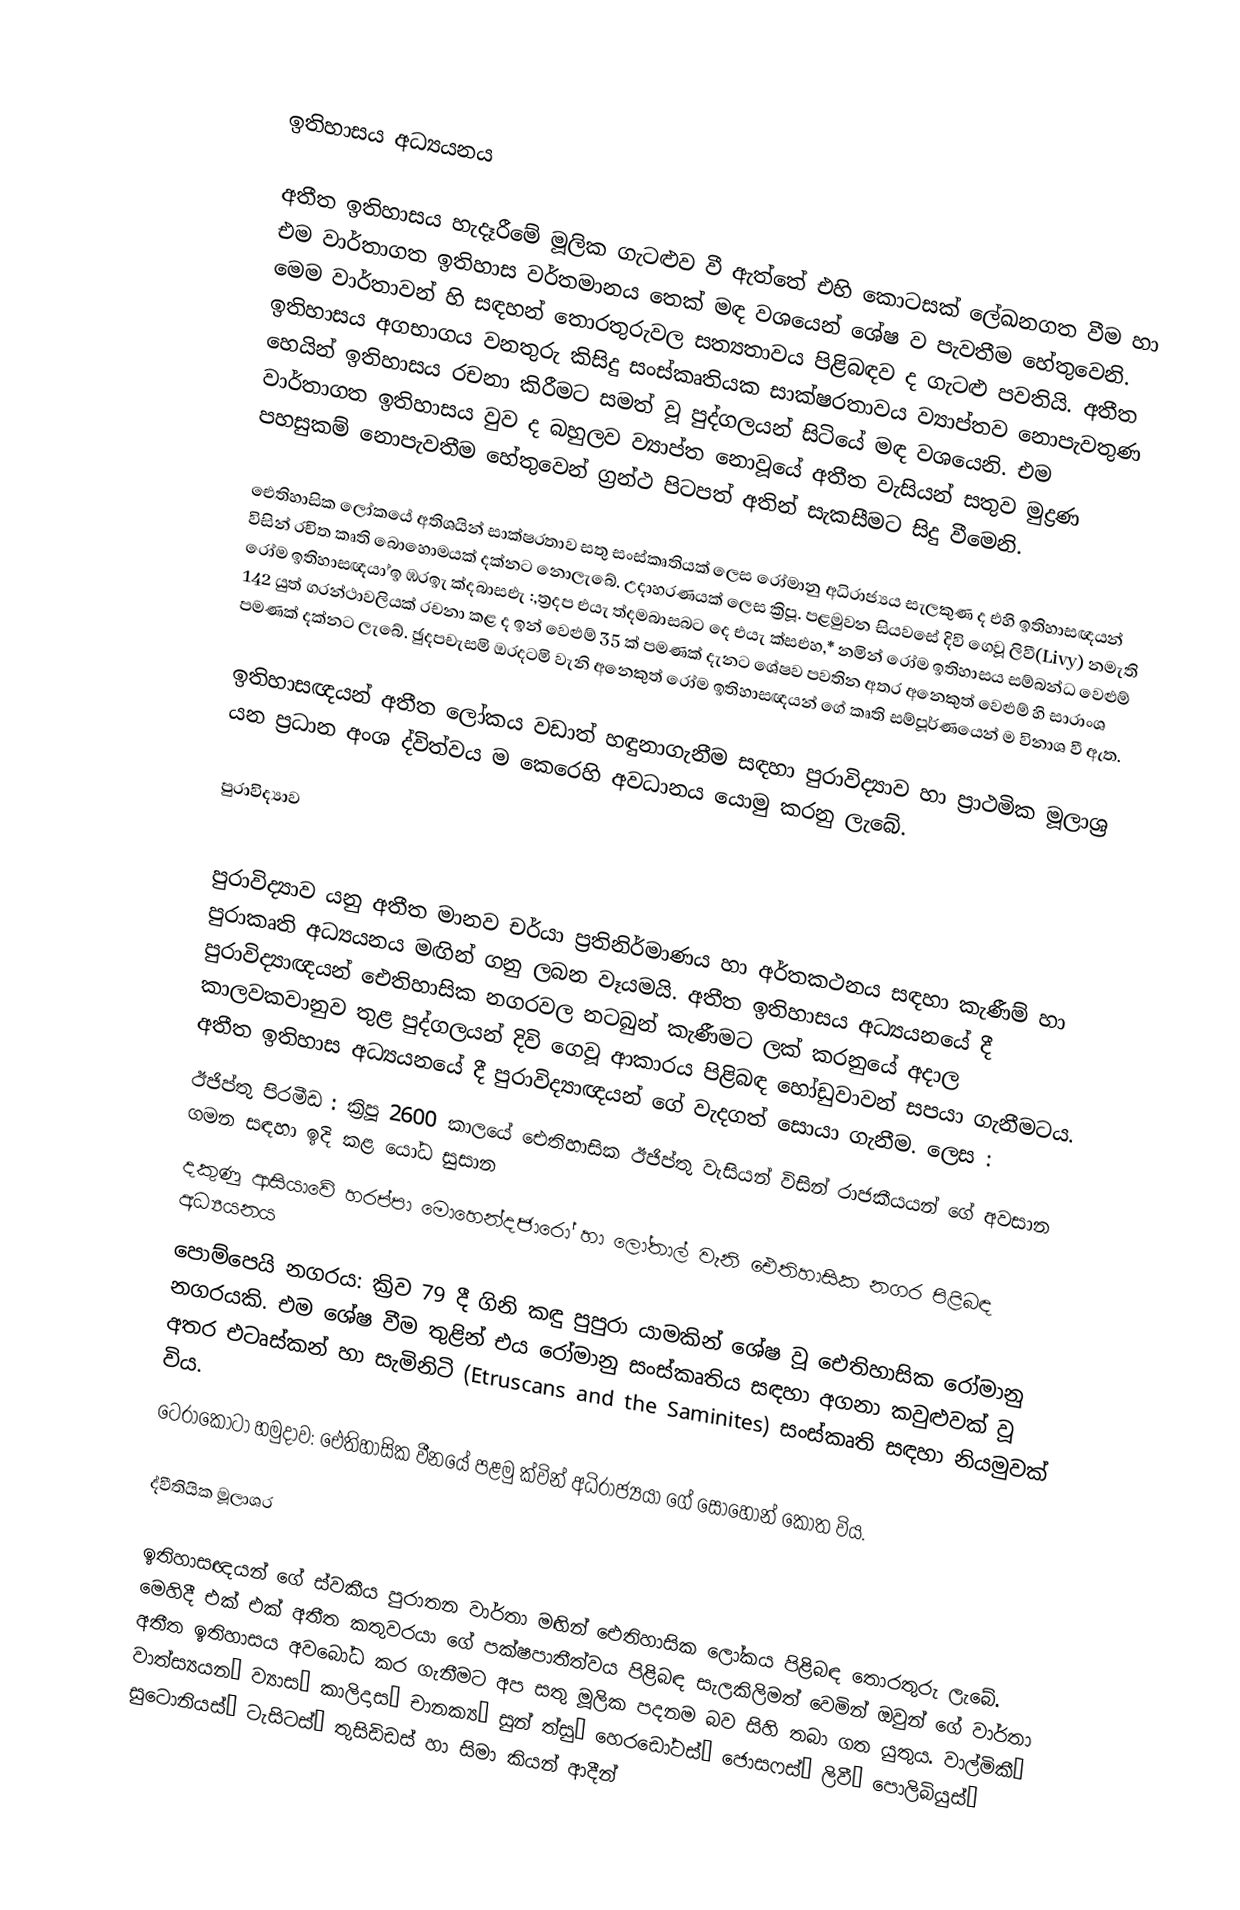

ඉතිහාසය අධ්‍යයනය

අතීත ඉතිහාසය හැදෑරීමේ මූලික ගැටළුව වී ඇත්තේ එහි කොටසක් ලේඛනගත වීම හා එම වාර්තාගත ඉතිහාස වර්තමානය තෙක් මඳ වශයෙන් ශේෂ ව පැවතීම හේතුවෙනි. මෙම වාර්තාවන් හි සඳහන් තොරතුරුවල සත්‍යතාවය පිළිබඳව ද ගැටළු පවතියි. අතීත ඉතිහාසය අගභාගය වනතුරු කිසිදු සංස්කෘතියක සාක්ෂරතාවය ව්‍යාප්තව නොපැවතුණ හෙයින් ඉතිහාසය රචනා කිරීමට සමත් වූ පුද්ගලයන් සිටියේ මඳ වශයෙනි. එම වාර්තාගත ඉතිහාසය වුව ද බහුලව ව්‍යාප්ත නොවූයේ අතීත වැසියන් සතුව මුද්‍රණ පහසුකම් නොපැවතීම හේතුවෙන් ග්‍රන්ථ පිටපත් අතින් සැකසීමට සිදු වීමෙනි.

ඓතිහාසික ලෝකයේ අතිශයින් සාක්ෂරතාව සතු සංස්කෘතියක් ලෙස රෝමානු අධිරාජ්‍යය සැලකුණ ද එහි ඉතිහාසඥයන් විසින් රචිත කෘති බොහොමයක් දක්නට නොලැබේ. උදාහරණයක් ලෙස ක්‍රිපූ. පළමුවන සියවසේ දිවි ගෙවූ ලිවී(Livy)  නමැති රෝම ඉතිහාසඥයා ්ඉ ඹරඉැ ක්‍දබාසඑැ :,ත්‍රදප එයැ ත්‍දමබාසබට දෙ එයැ ක්‍සඑහ,* නමින් රෝම ඉතිහාසය සම්බන්ධ වෙළුම් 142 යුත් ග‍්‍රන්ථාවලියක් රචනා කළ ද ඉන් වෙළුම් 35 ක් පමණක් දැනට ශේෂව පවතින අතර අනෙකුත් වෙළුම් හි සාරාංශ පමණක් දක්නට ලැබේ. ඡුදපචැසමි ඔරදටමි වැනි අනෙකුත් රෝම ඉතිහාසඥයන් ගේ කෘති සම්පූර්ණයෙන් ම විනාශ වී ඇත.

ඉතිහාසඥයන් අතීත ලෝකය වඩාත් හඳුනාගැනීම සඳහා පුරාවිද්‍යාව හා ප්‍රාථමික මූලාශ්‍ර යන ප්‍රධාන අංශ ද්විත්වය ම කෙරෙහි අවධානය යොමු කරනු ලැබේ.

පුරාවිද්‍යාව

පුරාවිද්‍යාව යනු අතීත මානව චර්යා ප්‍රතිනිර්මාණය හා අර්තකථනය සඳහා කැණීම් හා පුරාකෘති අධ්‍යයනය මඟින් ගනු ලබන වෑයමයි. අතීත ඉතිහාසය අධ්‍යයනයේ දී පුරාවිද්‍යාඥයන් ඓතිහාසික නගරවල නටබුන් කැණීමට ලක් කරනුයේ අදාල කාලවකවානුව තුළ පුද්ගලයන් දිවි ගෙවූ ආකාරය පිළිබඳ හෝඩුවාවන් සපයා ගැනීමටය. අතීත ඉතිහාස අධ්‍යයනයේ දී පුරාවිද්‍යාඥයන් ගේ වැදගත් සොයා ගැනීම. ලෙස :
ඊජිප්තු පිරමීඩ : ක්‍රිපූ 2600 කාලයේ ඓතිහාසික ඊජිප්තු වැසියන් විසින් රාජකීයයන් ගේ අවසාන ගමන සඳහා ඉදි කළ යෝධ සුසාන
දකුණු ආසියාවේ හරප්පා මොහෙන්දජාරෝ හා ලෝතාල් වැනි ඓතිහාසික නගර පිළිබඳ අධ්‍යයනය
පොම්පෙයි නගරය: ක්‍රිව 79 දී ගිනි කඳු පුපුරා යාමකින් ශේෂ වූ ඓතිහාසික රෝමානු නගරයකි. එම ශේෂ වීම තුළින් එය රෝමානු සංස්කෘතිය සඳහා අගනා කවුළුවක් වූ අතර එටෘස්කන් හා සැමිනිටි (Etruscans and the Saminites) සංස්කෘති සඳහා නියමුවක් විය.
ටෙරාකොටා හමුදාව: ඓතිහාසික වීනයේ පළමු ක්වින් අධිරාජ්‍යයා ගේ සොහොන් කොත විය.

ද්වීතියික මූලාශ‍්‍ර

ඉතිහාසඥයන් ගේ ස්වකීය පුරාතන වාර්තා මඟින් ඓතිහාසික ලෝකය පිළිබඳ තොරතුරු ලැබේ. මෙහිදී එක් එක් අතීත කතුවරයා ගේ පක්ෂපාතීත්වය පිළිබඳ සැලකිලිමත් වෙමින් ඔවුන් ගේ වාර්තා අතීත ඉතිහාසය අවබෝධ කර ගැනීමට අප සතු මූලික පදනම බව සිහි තබා ගත යුතුය. වාල්මිකී” වාත්ස්‍යයන” ව්‍යාස” කාලිදාස” චානක්‍ය” සුන් ත්සු” හෙරඩෝටස්” ජොසෆස්” ලිවී” පොලිබියුස්” සුටොනියස්” ටැසිටස්” තුසිඩිඩස් හා සිමා කියන් ආදීන්